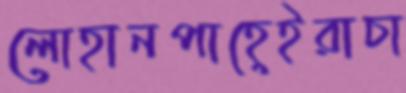
লোহানপাহেইরাচা